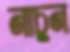
নাচুন